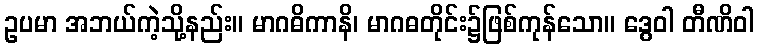
ဥပမာ အဘယ်ကဲ့သို့နည်း။ မာဂဓိကာနိ၊ မာဂဓတိုင်း၌ဖြစ်ကုန်သော။ ဒွေဝါ တီဏိဝါ